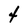
Character: 4